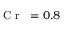
\mathrm { ~ \textit ~ { ~ C ~ r ~ } ~ } { } = 0 . 8